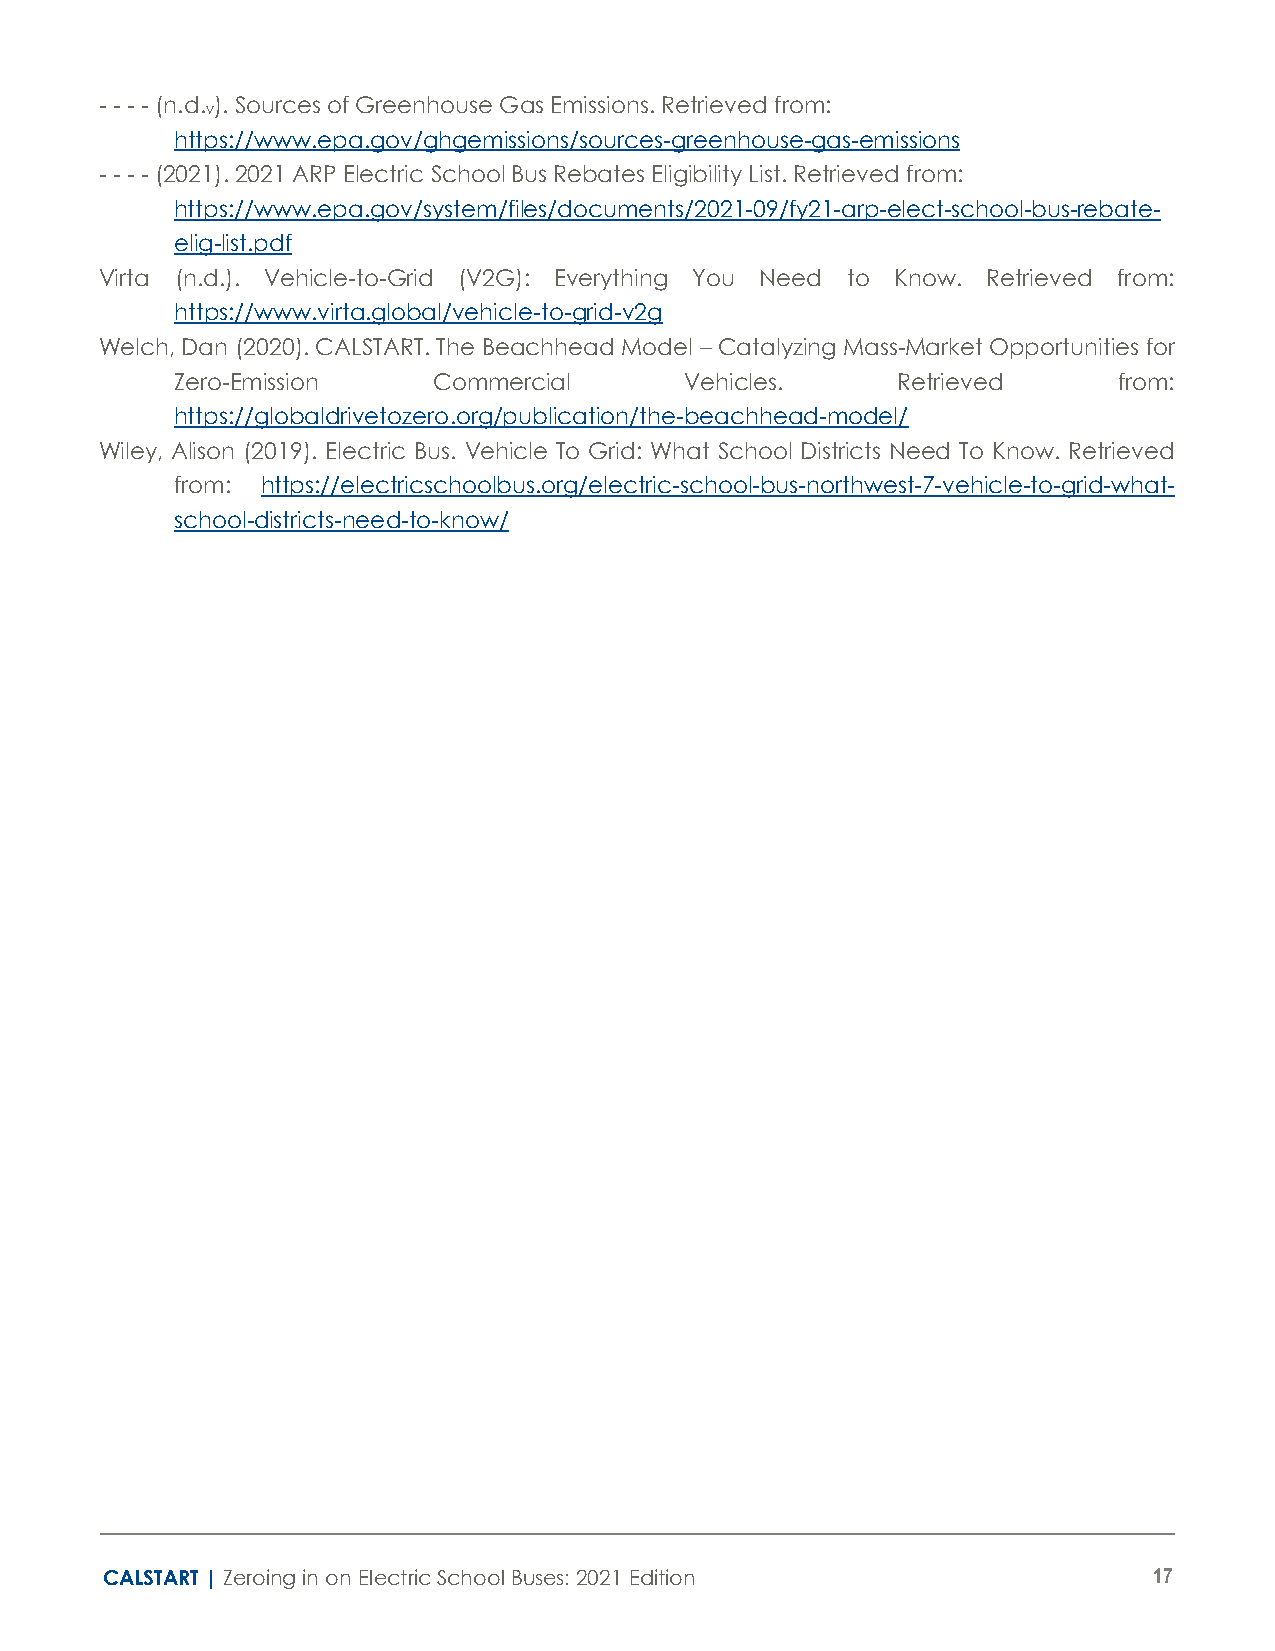
- - - - (n.d. ). Sources of Greenhouse Gas Emissions. Retrieved from:
 v
 https://www.epa.gov/ghgemissions/sources-greenhouse-gas-emissions
 - - - - (2021). 2021 ARP Electric School Bus Rebates Eligibility List. Retrieved from:
 https://www.epa.gov/system/files/documents/2021-09/fy21-arp-elect-school-bus-rebate-
 elig-list.pdf
 Virta (n.d.). Vehicle-to-Grid (V2G): Everything You Need to Know. Retrieved from:
 https://www.virta.global/vehicle-to-grid-v2g
 Welch, Dan (2020). CALSTART. The Beachhead Model – Catalyzing Mass-Market Opportunities for
 Zero-Emission    Commercial      Vehicles.     Retrieved      from:
 https://globaldrivetozero.org/publication/the-beachhead-model/
 Wiley, Alison (2019). Electric Bus. Vehicle To Grid: What School Districts Need To Know. Retrieved
 from: https://electricschoolbus.org/electric-school-bus-northwest-7-vehicle-to-grid-what-
 school-districts-need-to-know/
 CALSTART | Zeroing in on Electric School Buses: 2021 Edition         17